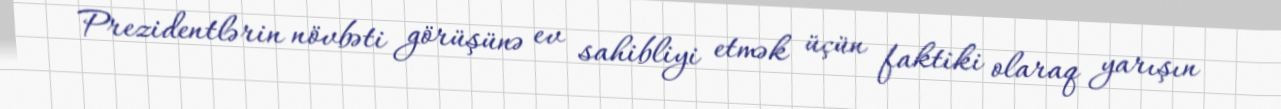
Prezidentlərin növbəti görüşünə ev sahibliyi etmək üçün faktiki olaraq yarışın